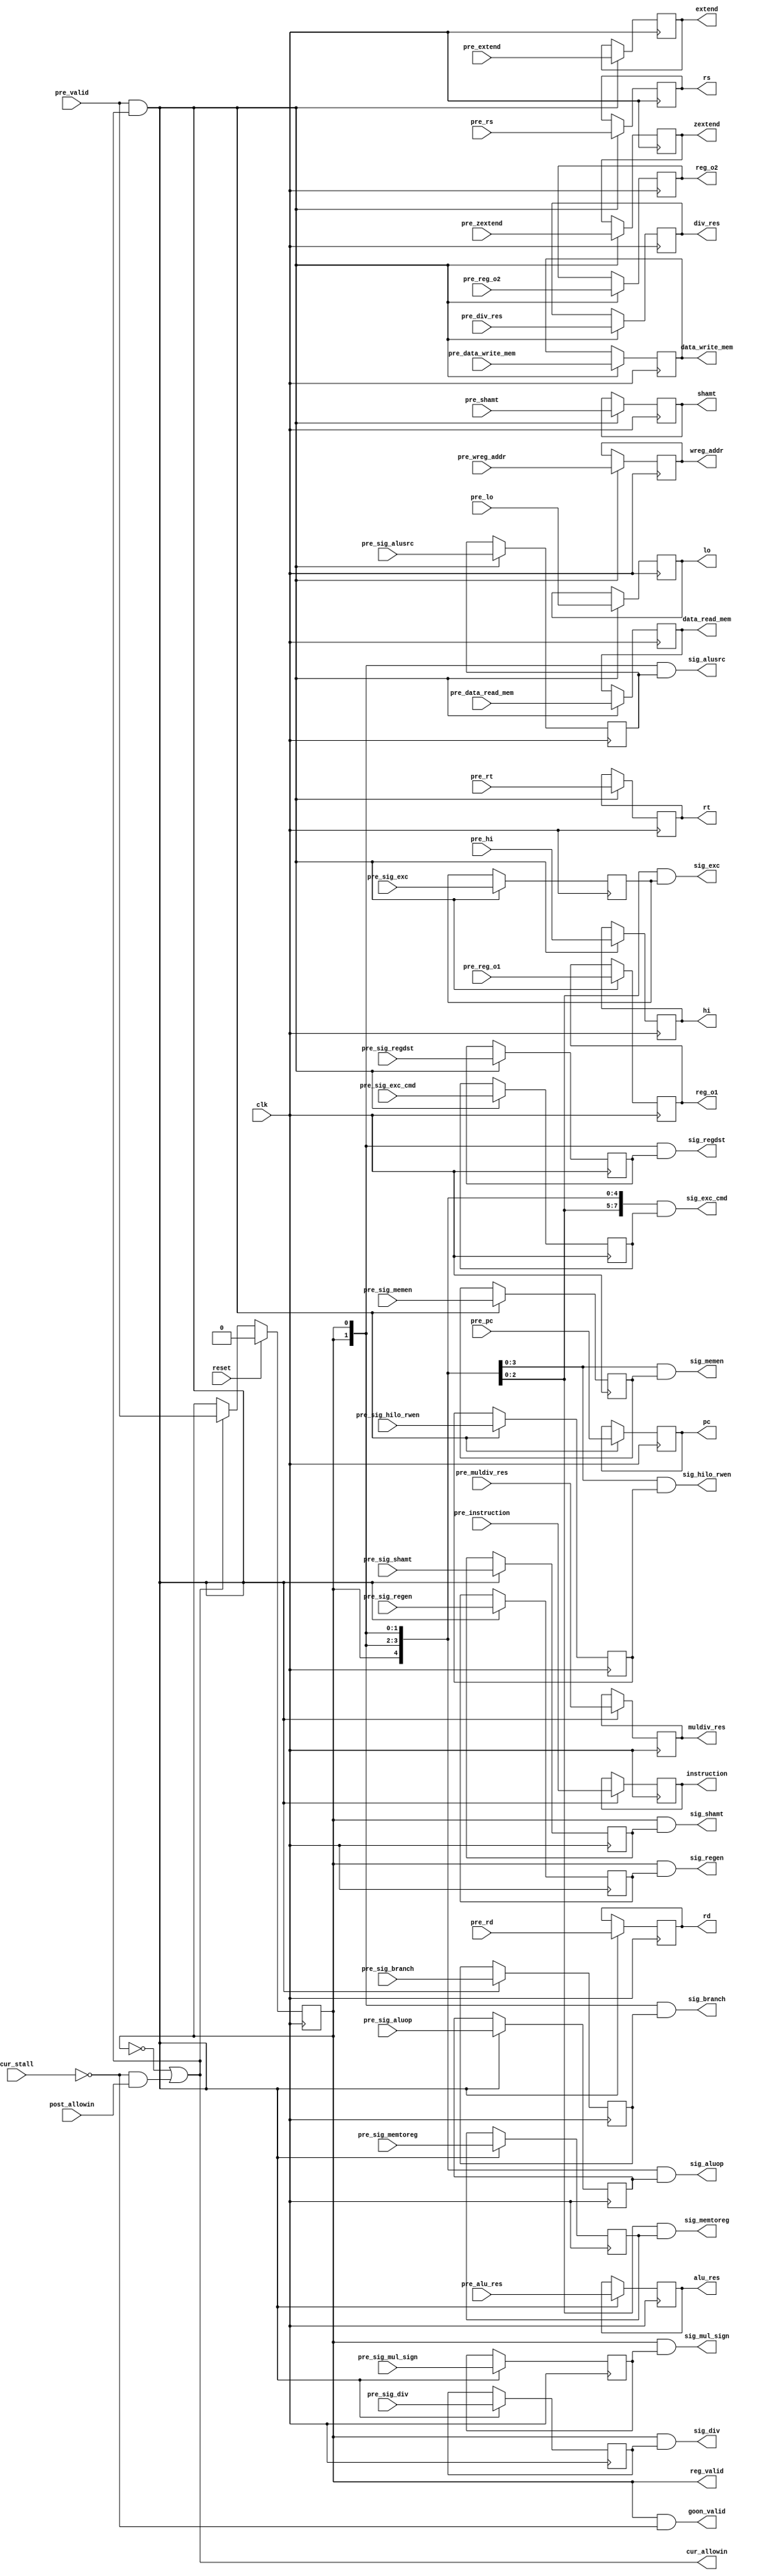
//f-d-e-m-w
//pre_x x reg_x 
module reg_pipeline_full_stage(
	input         clk                ,                    
	input         reset              ,
	
	input         cur_stall          ,
	output        cur_allowin        ,
	output        reg_valid          ,
	input         pre_valid          ,
	input         post_allowin       ,
	output	      goon_valid         ,
              
	//input                          
	input  [31:0] pre_instruction    ,                         
	input  [31:0] pre_pc             ,
                                     
	input  [ 4:0] pre_rs             ,                
	input  [ 4:0] pre_rt             ,                
	input  [ 4:0] pre_rd             ,
	input  [ 4:0] pre_shamt          ,
	input  [ 4:0] pre_wreg_addr      ,
	input  [31:0] pre_extend         ,
	input  [31:0] pre_zextend        ,
                                     
	input  [31:0] pre_reg_o1         ,                    
	input  [31:0] pre_reg_o2         ,                    
                                     
	input  [31:0] pre_alu_res        ,                     
	input  [31:0] pre_data_write_mem ,                            
	input  [31:0] pre_data_read_mem  ,

	input  [31:0] pre_hi             ,
	input  [31:0] pre_lo             ,
	input  [63:0] pre_muldiv_res     ,
	input  [63:0] pre_div_res        ,
                                     
	input  [ 1:0] pre_sig_regdst     ,                        
	input  [ 1:0] pre_sig_alusrc     ,                        
	input  [ 4:0] pre_sig_aluop      ,                       
	input  [ 3:0] pre_sig_memen      ,                       
	input  [ 2:0] pre_sig_memtoreg   ,                          
	input         pre_sig_regen      ,
	input  [ 1:0] pre_sig_branch     ,
	input         pre_sig_shamt      ,
	input  [ 3:0] pre_sig_hilo_rwen  ,
	input         pre_sig_mul_sign   ,
	input         pre_sig_div        ,
	input  [ 2:0] pre_sig_exc        ,
	input  [ 7:0] pre_sig_exc_cmd    ,
	                                 
	//output                         
	output [31:0] instruction        ,                         
	output [31:0] pc                 ,
                                     
	output [ 4:0] rs                 ,                
	output [ 4:0] rt                 ,                
	output [ 4:0] rd                 ,
	output [ 4:0] shamt              ,
	output [ 4:0] wreg_addr          ,
	output [31:0] extend             ,
	output [31:0] zextend            ,
                                     
	output [31:0] reg_o1             ,                    
	output [31:0] reg_o2             ,                    
                                     
	output [31:0] alu_res            ,                     
	output [31:0] data_write_mem     ,                            
	output [31:0] data_read_mem      ,
	
	output [31:0] hi                 ,
	output [31:0] lo                 ,
	output [63:0] muldiv_res         ,
	output [63:0] div_res            ,
	         
	output [ 1:0] sig_regdst         ,                        
	output [ 1:0] sig_alusrc         ,                        
	output [ 4:0] sig_aluop          ,                       
	output [ 3:0] sig_memen          ,                       
	output [ 2:0] sig_memtoreg       ,                          
	output        sig_regen          ,
	output [ 1:0] sig_branch         ,
	output        sig_shamt          ,
	output [ 3:0] sig_hilo_rwen      ,
	output        sig_mul_sign       ,
	output        sig_div            ,
	output [ 2:0] sig_exc            ,
	output [ 7:0] sig_exc_cmd    
);                                                  

reg [31:0] reg_instruction    ;                         
reg [31:0] reg_pc             ;      
                              
reg [ 4:0] reg_rs             ;                
reg [ 4:0] reg_rt             ;                
reg [ 4:0] reg_rd             ;
reg [ 4:0] reg_shamt          ;
reg [ 4:0] reg_wreg_addr      ;
reg [31:0] reg_extend         ;  
reg [31:0] reg_zextend        ;              
                              
reg [31:0] reg_reg_o1         ;                    
reg [31:0] reg_reg_o2         ;                    
                      
reg [31:0] reg_alu_res        ;                     
reg [31:0] reg_data_write_mem ;                            
reg [31:0] reg_data_read_mem  ;   

reg [31:0] reg_hi             ;
reg [31:0] reg_lo             ;
reg [63:0] reg_muldiv_res     ;  
reg [63:0] reg_div_res        ;                   
                              
reg [ 1:0] reg_sig_regdst     ;                        
reg [ 1:0] reg_sig_alusrc     ;                        
reg [ 4:0] reg_sig_aluop      ;                       
reg [ 3:0] reg_sig_memen      ;                       
reg [ 2:0] reg_sig_memtoreg   ;                          
reg        reg_sig_regen      ;
reg [ 1:0] reg_sig_branch     ;    
reg        reg_sig_shamt      ;
reg [ 3:0] reg_sig_hilo_rwen  ;
reg        reg_sig_mul_sign   ;
reg        reg_sig_div        ;
reg [ 2:0] reg_sig_exc        ;
reg [ 7:0] reg_sig_exc_cmd    ;
reg        is_valid           ;//
wire       cur_ready_go       ;//

                   
assign instruction     =                   reg_instruction    ;
assign pc              =                   reg_pc             ;
						                   
assign rs              =                   reg_rs             ;
assign rt              =                   reg_rt             ;
assign rd              =                   reg_rd             ;
assign shamt           =                   reg_shamt          ;
assign wreg_addr       =                   reg_wreg_addr      ;
assign extend          =                   reg_extend         ;
assign zextend         =                   reg_zextend        ;
						                   
assign reg_o1          =                   reg_reg_o1         ;
assign reg_o2          =                   reg_reg_o2         ;
						                   
assign alu_res         =                   reg_alu_res        ;
assign data_write_mem  =                   reg_data_write_mem ;
assign data_read_mem   =                   reg_data_read_mem  ;
						                   
assign hi              =                   reg_hi             ;
assign lo              =                   reg_lo             ;
assign muldiv_res      =                   reg_muldiv_res     ;
assign div_res         =                   reg_div_res        ;

assign sig_regdst      = {2{is_valid}} & reg_sig_regdst     ;
assign sig_alusrc      = {2{is_valid}} & reg_sig_alusrc     ;
assign sig_aluop       = {5{is_valid}} & reg_sig_aluop      ;
assign sig_memen       = {4{is_valid}} & reg_sig_memen      ;
assign sig_memtoreg    = {3{is_valid}} & reg_sig_memtoreg   ;
assign sig_regen       = {1{is_valid}} & reg_sig_regen      ;
assign sig_branch      = {2{is_valid}} & reg_sig_branch     ;
assign sig_shamt       = {1{is_valid}} & reg_sig_shamt      ;
assign sig_hilo_rwen   = {4{is_valid}} & reg_sig_hilo_rwen  ;
assign sig_mul_sign    = {1{is_valid}} & reg_sig_mul_sign   ;
assign sig_div         = {1{is_valid}} & reg_sig_div        ;
assign sig_exc         = {3{is_valid}} & reg_sig_exc        ;
assign sig_exc_cmd     = {8{is_valid}} & reg_sig_exc_cmd    ;


assign reg_valid       = is_valid;
assign cur_ready_go    = !cur_stall;
assign cur_allowin     = !is_valid || (cur_ready_go && post_allowin);
assign goon_valid      = (is_valid && cur_ready_go);

always @(posedge clk) begin
	if(reset) begin
		is_valid <= 1'b0;                           
	end
	else if(cur_allowin) begin
		is_valid <= pre_valid;                            
	end

	if(pre_valid && cur_allowin) begin
		reg_instruction    <= pre_instruction    ;                                       
	    reg_pc             <= pre_pc             ;
	                                             
	    reg_rs             <= pre_rs             ;                
	    reg_rt             <= pre_rt             ;                
	    reg_rd             <= pre_rd             ;
		reg_shamt          <= pre_shamt          ;
		reg_wreg_addr      <= pre_wreg_addr      ;
		reg_extend         <= pre_extend         ;
		reg_zextend        <= pre_zextend        ;
	                                             
	    reg_reg_o1         <= pre_reg_o1         ;                    
	    reg_reg_o2         <= pre_reg_o2         ;                    
	                                             
	    reg_alu_res        <= pre_alu_res        ;                     
	    reg_data_write_mem <= pre_data_write_mem ;                            
	    reg_data_read_mem  <= pre_data_read_mem  ;
		
		reg_hi             <= pre_hi             ;
		reg_lo             <= pre_lo             ;
		reg_muldiv_res     <= pre_muldiv_res     ;
		reg_div_res        <= pre_div_res        ;
		
	    reg_sig_regdst     <= pre_sig_regdst     ;                        
	    reg_sig_alusrc     <= pre_sig_alusrc     ;                        
	    reg_sig_aluop      <= pre_sig_aluop      ;                       
	    reg_sig_memen      <= pre_sig_memen      ;                       
	    reg_sig_memtoreg   <= pre_sig_memtoreg   ;                          
	    reg_sig_regen      <= pre_sig_regen      ;
		reg_sig_branch     <= pre_sig_branch     ;
		reg_sig_shamt      <= pre_sig_shamt      ;
		reg_sig_hilo_rwen  <= pre_sig_hilo_rwen  ;
		reg_sig_mul_sign   <= pre_sig_mul_sign   ;
		reg_sig_div        <= pre_sig_div        ;
		reg_sig_exc        <= pre_sig_exc        ;
		reg_sig_exc_cmd    <= pre_sig_exc_cmd    ;
	end

end

endmodule